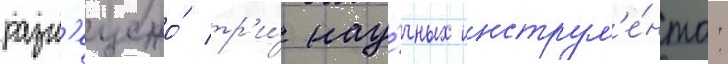
разм'ещено́ тр'и́ нау́чных инструм'е́нта: